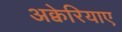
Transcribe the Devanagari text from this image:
अक्वेरियाए